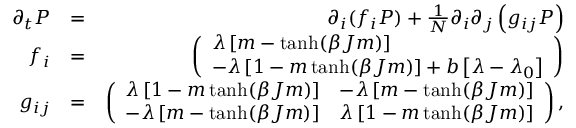
\begin{array} { r l r } { \partial _ { t } P } & { = } & { \partial _ { i } ( f _ { i } P ) + \frac { 1 } { N } \partial _ { i } \partial _ { j } \left( g _ { i j } P \right) } \\ { f _ { i } } & { = } & { \left( \begin{array} { l } { \lambda \left[ m - \operatorname { t a n h } ( \beta J m ) \right] } \\ { - \lambda \left[ 1 - m \operatorname { t a n h } ( \beta J m ) \right] + b \left[ \lambda - \lambda _ { 0 } \right] } \end{array} \right) } \\ { g _ { i j } } & { = } & { \left( \begin{array} { l l } { \lambda \left[ 1 - m \operatorname { t a n h } ( \beta J m ) \right] } & { - \lambda \left[ m - \operatorname { t a n h } ( \beta J m ) \right] } \\ { - \lambda \left[ m - \operatorname { t a n h } ( \beta J m ) \right] } & { \lambda \left[ 1 - m \operatorname { t a n h } ( \beta J m ) \right] } \end{array} \right) , } \end{array}